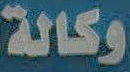
وكالة